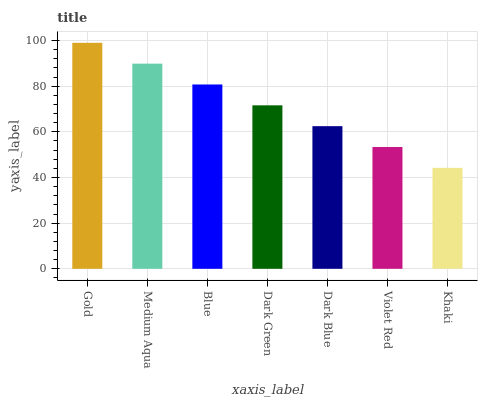
| xaxis_label | bars |
 | --- | --- |
 | Gold | 99 |
 | Medium Aqua | 89.9 |
 | Blue | 80.7 |
 | Dark Green | 71.6 |
 | Dark Blue | 62.5 |
 | Violet Red | 53.4 |
 | Khaki | 44.2 |